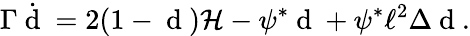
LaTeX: \Gamma\dot{\mathrm{~d~}}=2(1-\mathrm{~d~})\mathcal{H}-\psi^{*}\mathrm{~d~}+\psi^{*}\ell^{2}\Delta\mathrm{~d~}.